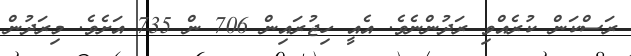
ރަސްކަން ކުރެއްވި ރަދުންނެވެ. އެއީ ހިޖުރައިން 706 ން 735 އަށެވެ. މިރަދުން